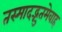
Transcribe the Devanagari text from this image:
तस्मादद्भुतमेवाह